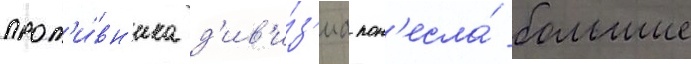
прот'и́вн'ика д'ив'и́з'иа пон'есла́ большие